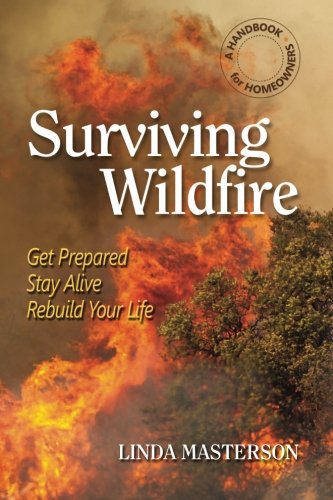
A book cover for Surviving Wildfire: Get Prepared, Stay Alive, Rebuild Your Life (A Handbook for Homeowners); Linda Masterson; Business & Money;